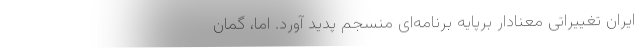
ایران تغییراتی معنادار برپایه برنامه‌ای منسجم پدید آورد. اما، گمان